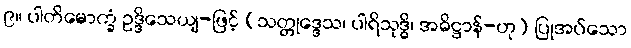
၉။ ပါတိမောက္ခံ ဥဒ္ဒိသေယျ-ဖြင့် (သတ္တုဒ္ဒေသ၊ ပါရိသုဒ္ဓိ၊ အဓိဋ္ဌာန်-ဟု) ပြုအပ်သော